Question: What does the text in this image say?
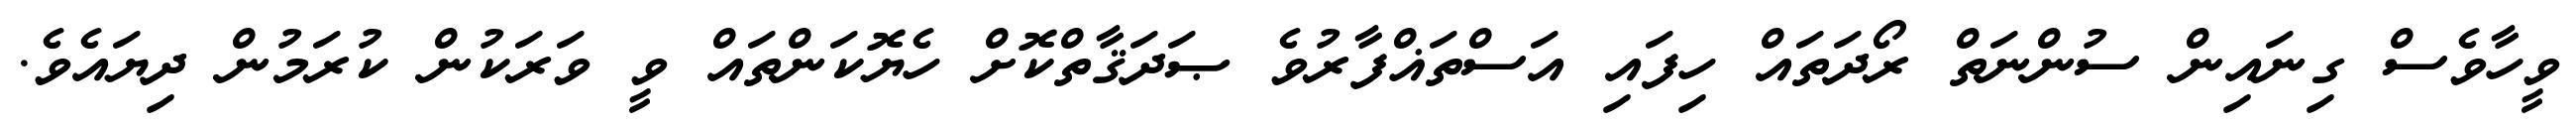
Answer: ވީހާވެސް ގިނައިން ސުންނަތް ރޯދަތައް ހިފައި އަސްތަޣްފާރުވެ ޞަދަޤާތްކޮށް ހެޔޮކަންތައް ވީ ވަރަކުން ކުރަމުން ދިޔައެވެ.